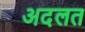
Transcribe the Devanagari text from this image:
अदलत